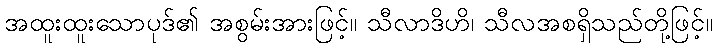
အထူးထူးသောပုဒ်၏ အစွမ်းအားဖြင့်။ သီလာဒိဟိ၊ သီလအစရှိသည်တို့ဖြင့်။